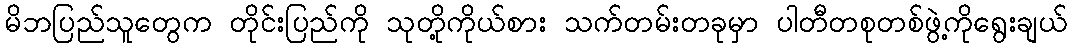
မိဘပြည်သူတွေက တိုင်းပြည်ကို သုတို့ကိုယ်စား သက်တမ်းတခုမှာ ပါတီတစုတစ်ဖွဲ့ကိုရွေးချယ်